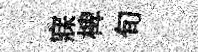
寐椑旬